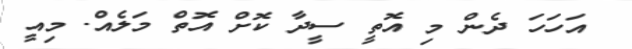
އަހަހަ ދެން މި އޮތީ ސީދާ ކޮށް އޮތް މަލެއް. މިއީ